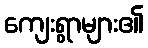
ကျေးရွာများ၏